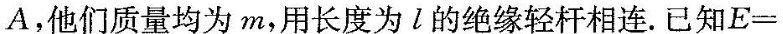
A，他们质量均为m，用长度为l的绝缘轻杆相连。已知E=